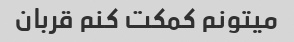
میتونم کمکت کنم قربان